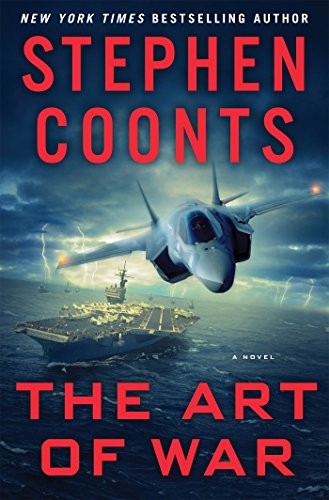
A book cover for The Art of War: A Novel; Stephen Coonts; Mystery, Thriller & Suspense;